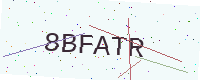
Text: 8BFATR